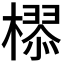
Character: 𣚉